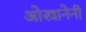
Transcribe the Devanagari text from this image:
ओस्त्रानेनी